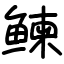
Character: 𬶠